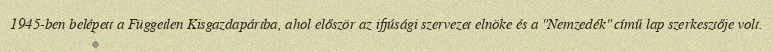
1945-ben belépett a Független Kisgazdapártba, ahol először az ifjúsági szervezet elnöke és a "Nemzedék" című lap szerkesztője volt.